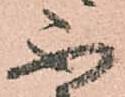
不